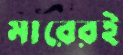
মারেরই